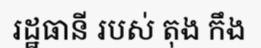
រដ្ឋធានី របស់ តុង កឹង